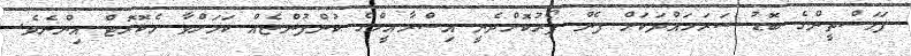
ފަލަސްތީންގެ ބޮޑު ސަރަހައްދަކަށް ފެން ފޯރުކޮށްދެނީ އިސްރާއީލްގެ ކުންފުންޏެއް ކަމަށްވާ މެކޮރޮޓް އިންނެވެ.